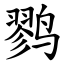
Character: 鹨